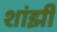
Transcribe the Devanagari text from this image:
शांझी